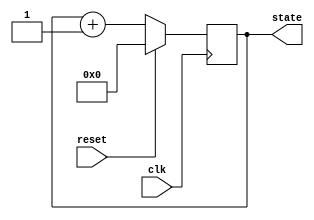
module synchronous_reset_example (
    input wire clk,          // Clock signal
    input wire reset,        // Synchronous reset signal
    output reg [3:0] state   // State output (4-bit for example)
);

// Internal state declaration
// The state will be a 4-bit register
// You can adjust the size based on your requirements
// Initial value is set to 0, but it will be overwritten during reset
initial begin
    state = 4'b0000; // Optional: Initial state
end

// Behavioral block for synchronous reset and state update
always @(posedge clk) begin
    if (reset) begin
        // Synchronous reset condition
        state <= 4'b0000; // Reset state to predefined value (e.g., zero)
    end else begin
        // State update logic (example: simple counter)
        state <= state + 1; // Increment state (or implement your specific logic)
    end
end

endmodule